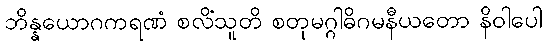
ဘိန္နယောဂကရဏံ စလိံသူတိ စတုမဂ္ဂါဓိဂမနီယတော နိဝါပေါ